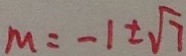
M = - 1 \pm \sqrt { 7 }